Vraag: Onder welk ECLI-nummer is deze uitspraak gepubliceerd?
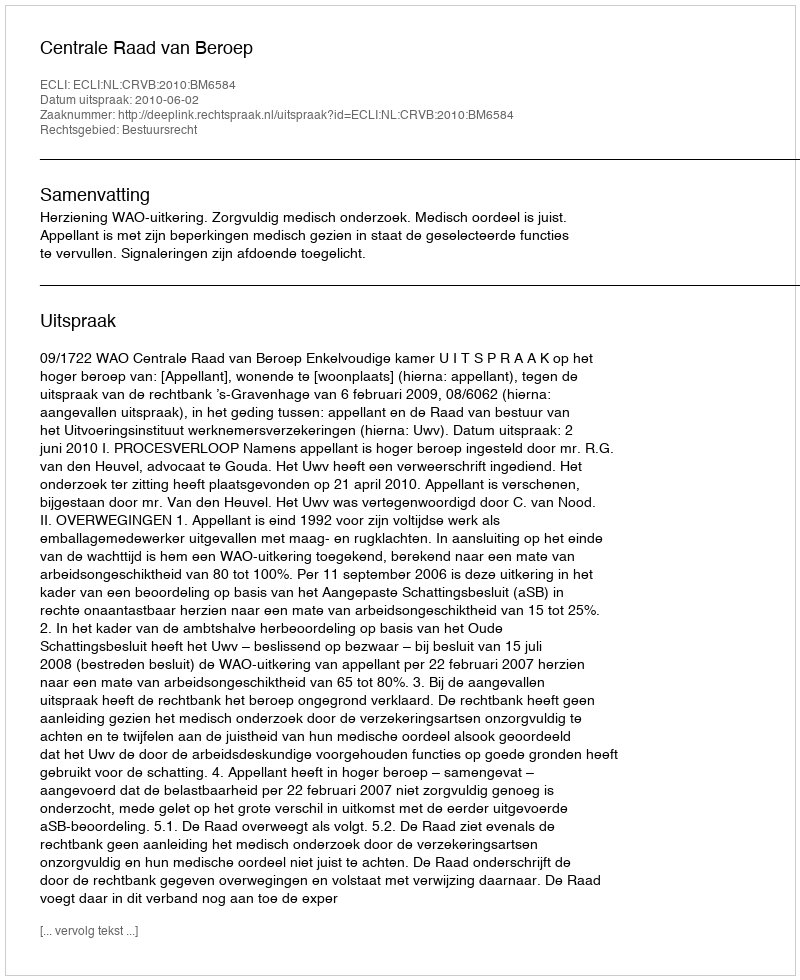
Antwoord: ECLI:NL:CRVB:2010:BM6584